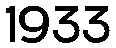
1933